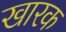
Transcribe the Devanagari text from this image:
खारक